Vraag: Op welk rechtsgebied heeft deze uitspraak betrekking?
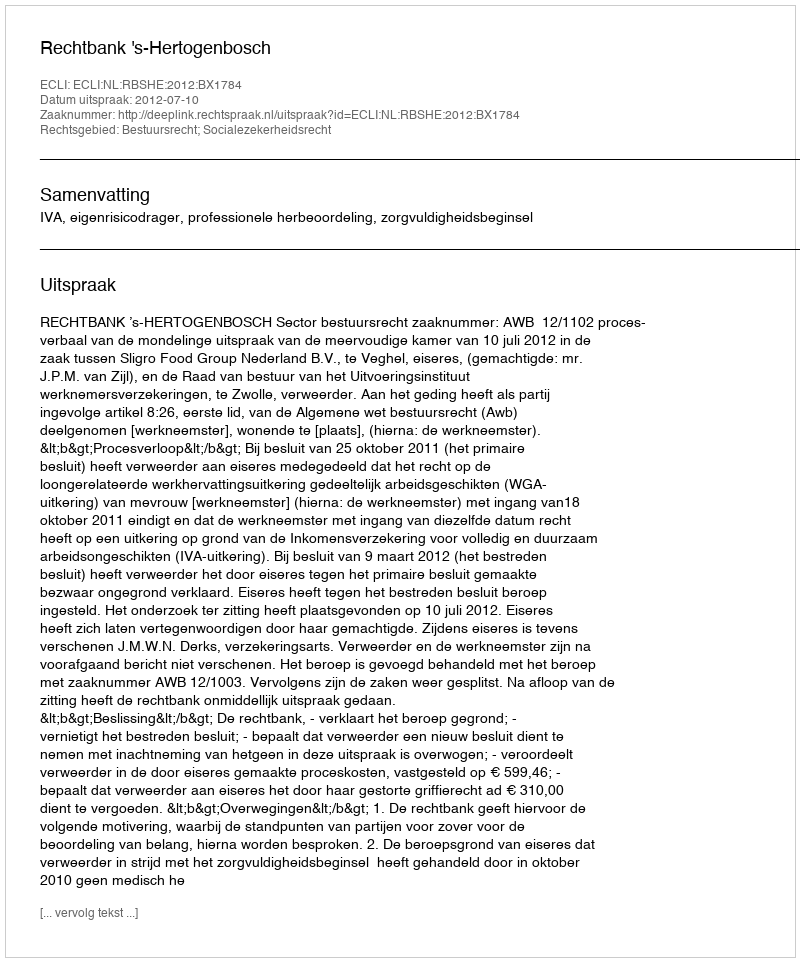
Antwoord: Bestuursrecht; Socialezekerheidsrecht